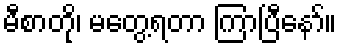
မီစာတို၊ မတွေ့ရတာ ကြာပြီနော်။